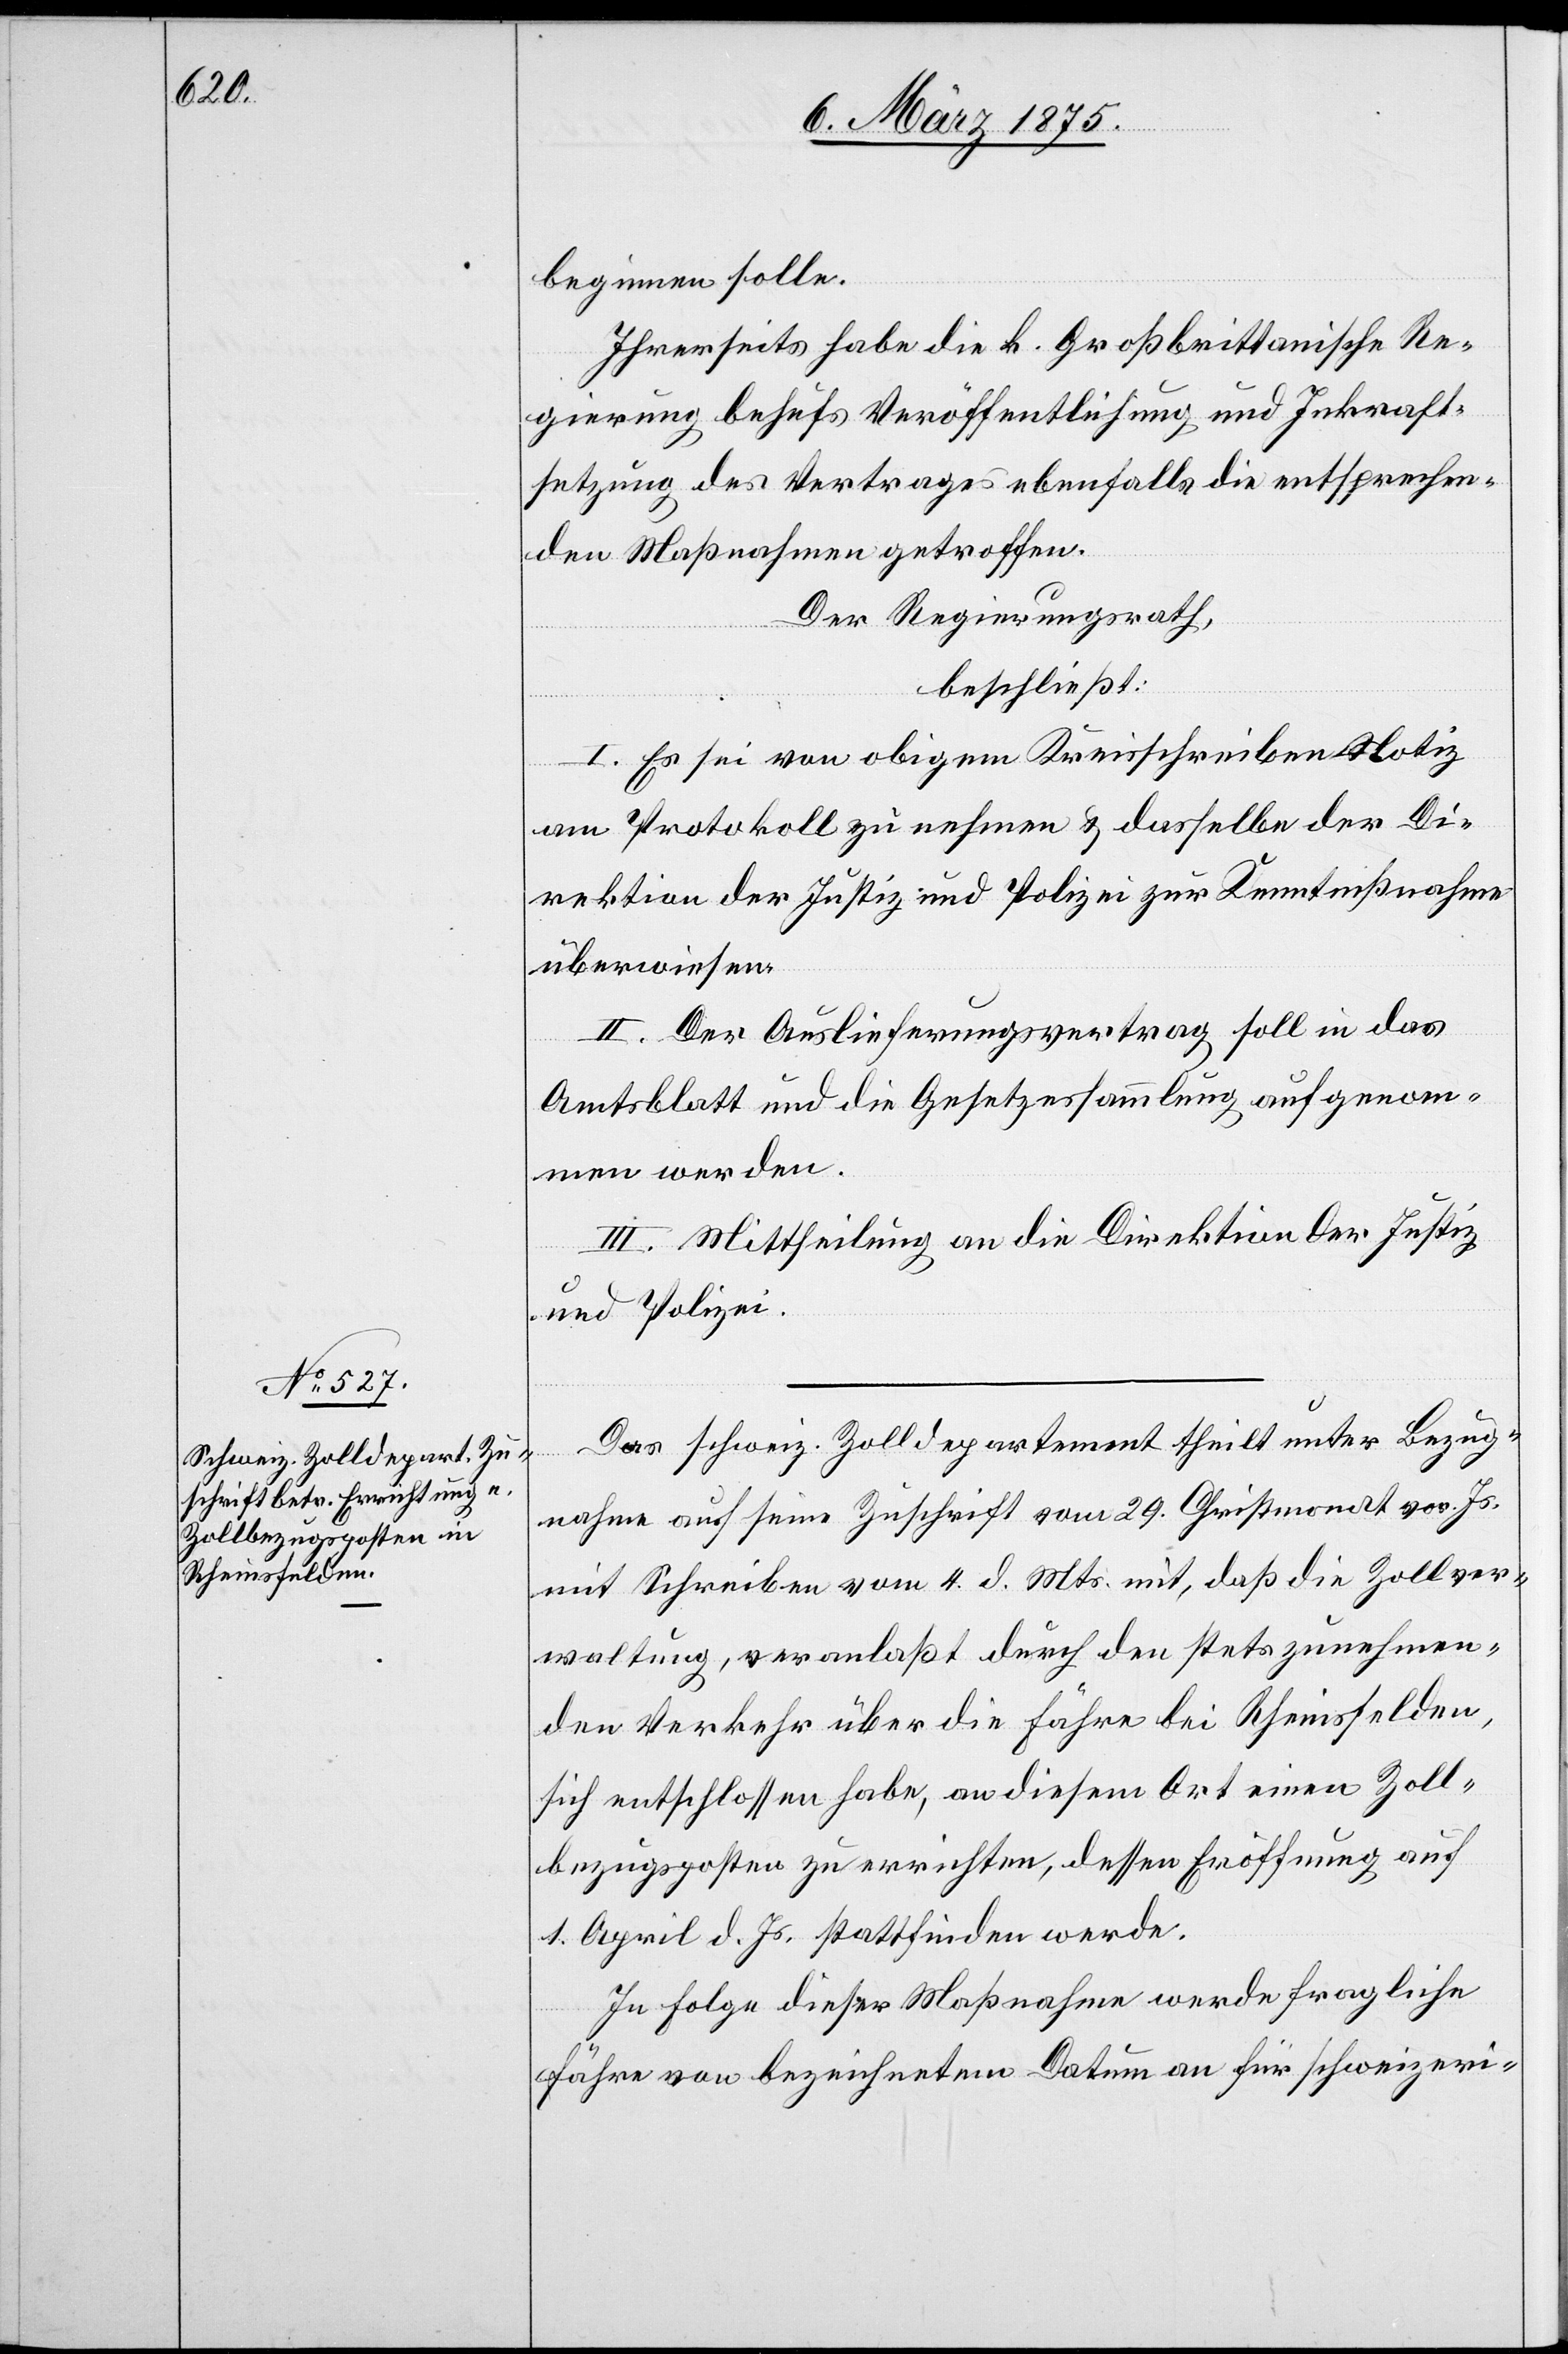
beginnen solle.
Ihrerseits habe die k. Großbrittanische Re¬
gierung behufs Veröffentlichung und Inkraft¬
setzung des Vertrages ebenfalls die entsprechen¬
den Maßnahmen getroffen.
Der Regierungsrath,
beschließt:
I. Es sei von obigem Kreisschreiben Notiz
am Protokoll zu nehmen & dasselbe der Di¬
rektion der Justiz und Polizei zur Kenntnißnahme
überwiesen.
II. Der Auslieferungsvertrag soll in das
Amtsblatt und die Gesetzessammlung aufgenom¬
men werden.
III. Mittheilung an die Direktion der Justiz
und Polizei.
Das schweiz. Zolldepartement theilt unter Bezug¬
nahme auf seine Zuschrift vom 29. Christmonat vor. Jr.
mit Schreiben vom 4. d. Mts. mit, daß die Zollver¬
waltung, veranlaßt durch den stets zunehmen¬
den Verkehr über die Fähre bei Rheinsfelden,
sich entschlossen habe, an diesem Ort einen Zoll¬
bezugsposten zu errichten, dessen Eröffnung auf
1. April d. Jr. stattfinden werde.
In Folge dieser Maßnahme werde fragliche
Fähre von bezeichnetem Datum an für schweizeri-